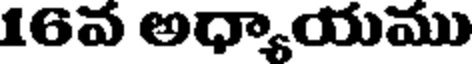
16వ అధ్యాయము